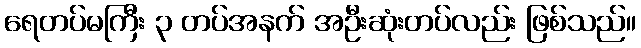
ရေတပ်မကြီး ၃ တပ်အနက် အဦးဆုံးတပ်လည်း ဖြစ်သည်။